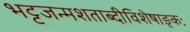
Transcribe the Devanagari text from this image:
भट्टजन्मशताब्दीविशेषाङ्कः